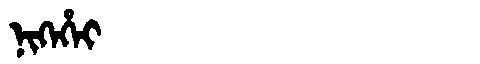
Manchu: ᠨᡳᡴᡝᡥᡝᡳ
Romanization: NIKEHEI